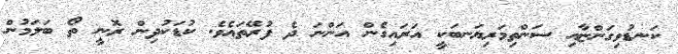
ކަނޑުވިގަންޏާއި ސަންތިމަރިޔަނބަކީ އަރައިގެން އަންނަ ދެ ފުރޭތައެވެ. ކުޑަކުދިން ރޮނީ ތޯ ބަލަމުން